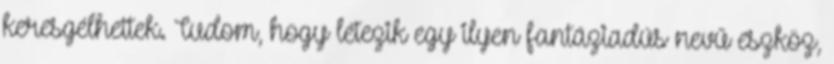
keresgélhettek. Tudom, hogy létezik egy ilyen fantáziadús nevű eszköz,